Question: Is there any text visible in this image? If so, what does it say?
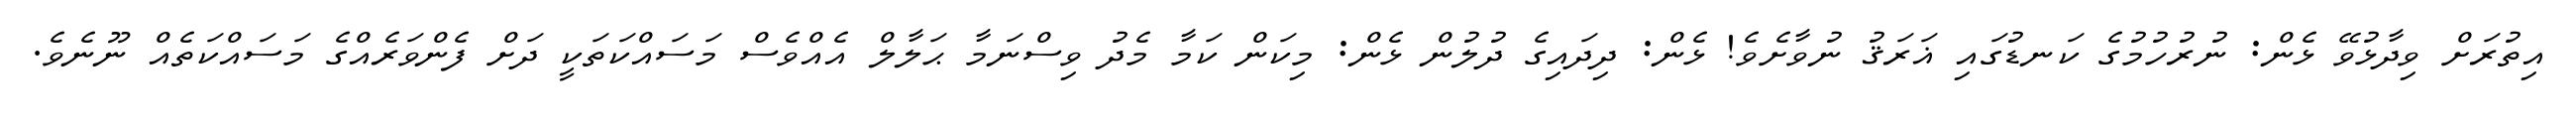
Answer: އިތުރަށް ވިދާޅުވޭ ޅެން: ނުރުހުމުގެ ކަނޑުގައި ޣަރަޤު ނުވާށެވެ! ޅެން: ދިދައިގެ ދުލުން ޅެން: މިކަން ކަމާ މެދު ވިސްނަމާ ޙަލާލް އެއްވެސް މަސައްކަތަކީ ދަށް ފެންވަރެއްގެ މަސައްކަތެއް ނޫނެވެ.